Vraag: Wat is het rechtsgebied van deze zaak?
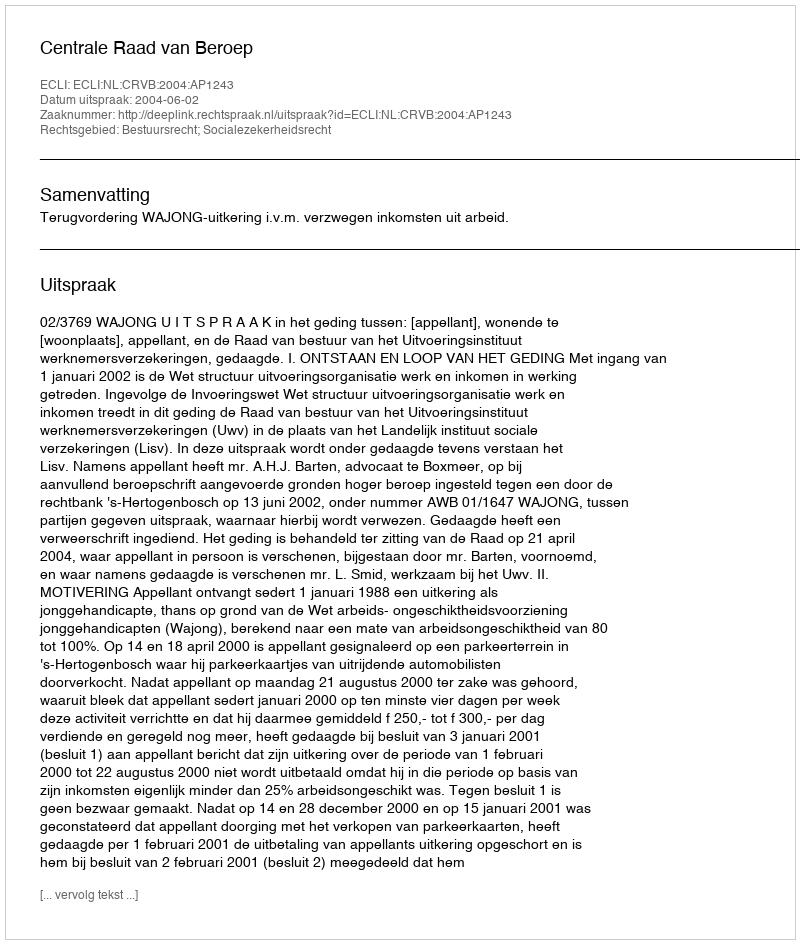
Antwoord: Bestuursrecht; Socialezekerheidsrecht